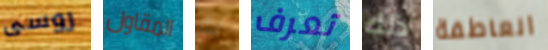
روسى المقاول لم تعرف ذلك العاطفة